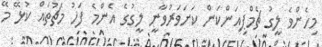
މިހެންވެ ލީގު ޗެމްޕިއަންކަން ކަށަވަރުވާނީ ލީގުގެ އެންމެ ފަހު މެޗުތައް ކުޅޭ މޭ